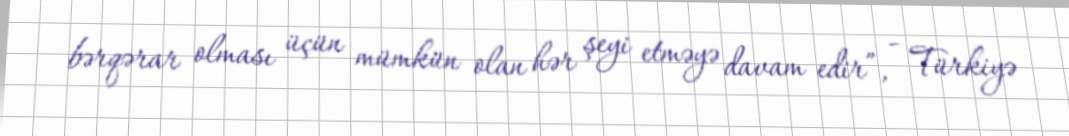
bərqərar olması üçün mümkün olan hər şeyi etməyə davam edir”, - Türkiyə